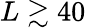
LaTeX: L\gtrsim 40